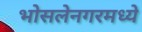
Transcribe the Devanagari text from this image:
भोसलेनगरमध्ये